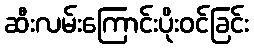
ဆီးလမ်းကြောင်းပိုးဝင်ခြင်း